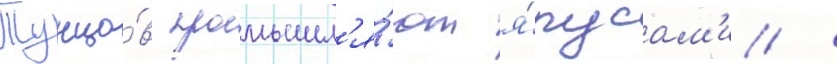
Тунцо́в промышл'я́ют я́русам'и /